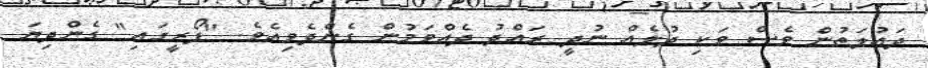
ދައުލަތުން ވެސް ވަކި ދުލެއް ނުދީ ރައްދު ދެއްވަމުން ގެންދެވިއެވެ. "ފޯރީގައި" ގެންދިޔަ